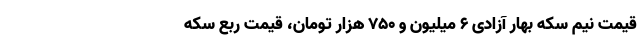
قیمت نیم‌ سکه بهار آزادی ۶ میلیون و ۷۵۰ هزار تومان، قیمت ربع‌ سکه